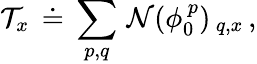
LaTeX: {\cal T}_{x}\, \doteq\, \sum_{p,q}\, {\cal N}(\phi_{0}^{\, p})_{\, q,x}\, ,